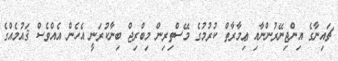
ޗައިނާގެ އިންޖިނޭރުންނާއި ޢިމާރާތް ކުރުމުގެ މޭސްތިރިން މިބްރިޖް ބިނާކުރަނީ އެހެން އެއްވެސް ޤައުމެއްގެ